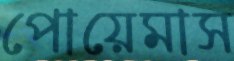
পোয়েমাস